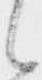
候